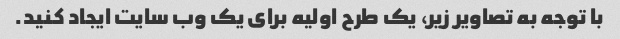
با توجه به تصاویر زیر، یک طرح اولیه برای یک وب سایت ایجاد کنید.